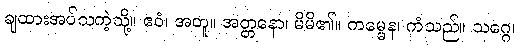
ချထားအပ်သကဲ့သို့။ ဧဝံ၊ အတူ။ အတ္တနော၊ မိမိ၏။ ကမ္မေန၊ ကံသည်။ သဂ္ဂေ၊